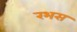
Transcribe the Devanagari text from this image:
रभस